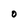
Character: O